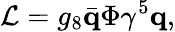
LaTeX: {\cal L}=g_{8}\bar{\mathbf q}\Phi\gamma^{5}{\mathbf q},